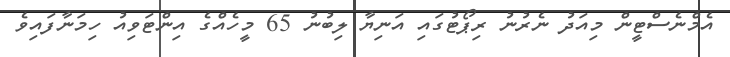
އެމްނެސްޓީން މިއަދު ނެރުނު ރިޕޯޓުގައި އަނިޔާ ލިބުނު 65 މީހެއްގެ އިންޓަވިއު ހިމަނާފައިވެ